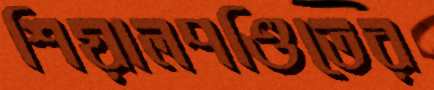
শিয়ালপণ্ডিতের